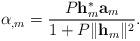
LaTeX: \begin{align*} \alpha_{,m} = \frac{P\mathbf{h}^*_m\mathbf{a}_m}{1+P\|\mathbf{h}_m\|^2}.\end{align*}